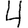
Digit: 4